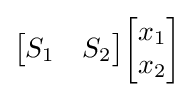
{\begin{bmatrix}S_{1}&S_{2}\end{bmatrix}}{\begin{bmatrix}x_{1}\\x_{2}\end{bmatrix}}